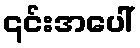
၎င်းအပေါ်